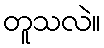
တူသလဲ။